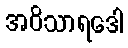
အဝိသာရဒေါ